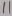
Text: 11